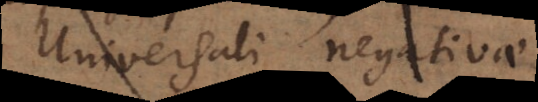
Universali negativae